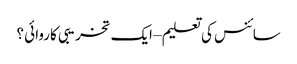
سائنس کی تعلیم – ایک تخریبی کاروائی ؟